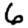
Digit: 6